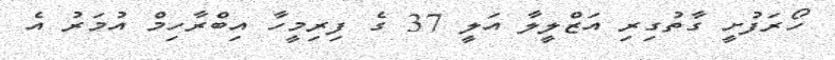
ހޯރަފުށީ ގާތުގިރި އަޒްލީލާ އަލީ 37 ގެ ފިރިމީހާ އިބްރާހިމް އުމަރު އެ